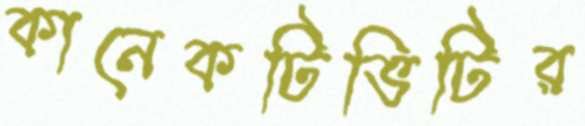
কানেকটিভিটির